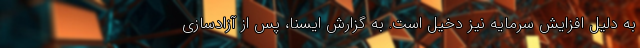
به دلیل افزایش سرمایه نیز دخیل است. به گزارش ایسنا، پس از آزادسازی